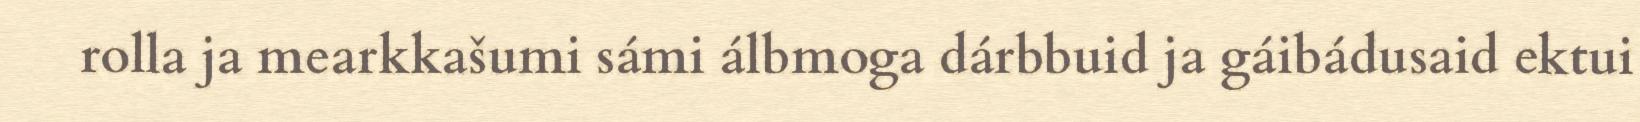
rolla ja mearkkašumi sámi álbmoga dárbbuid ja gáibádusaid ektui